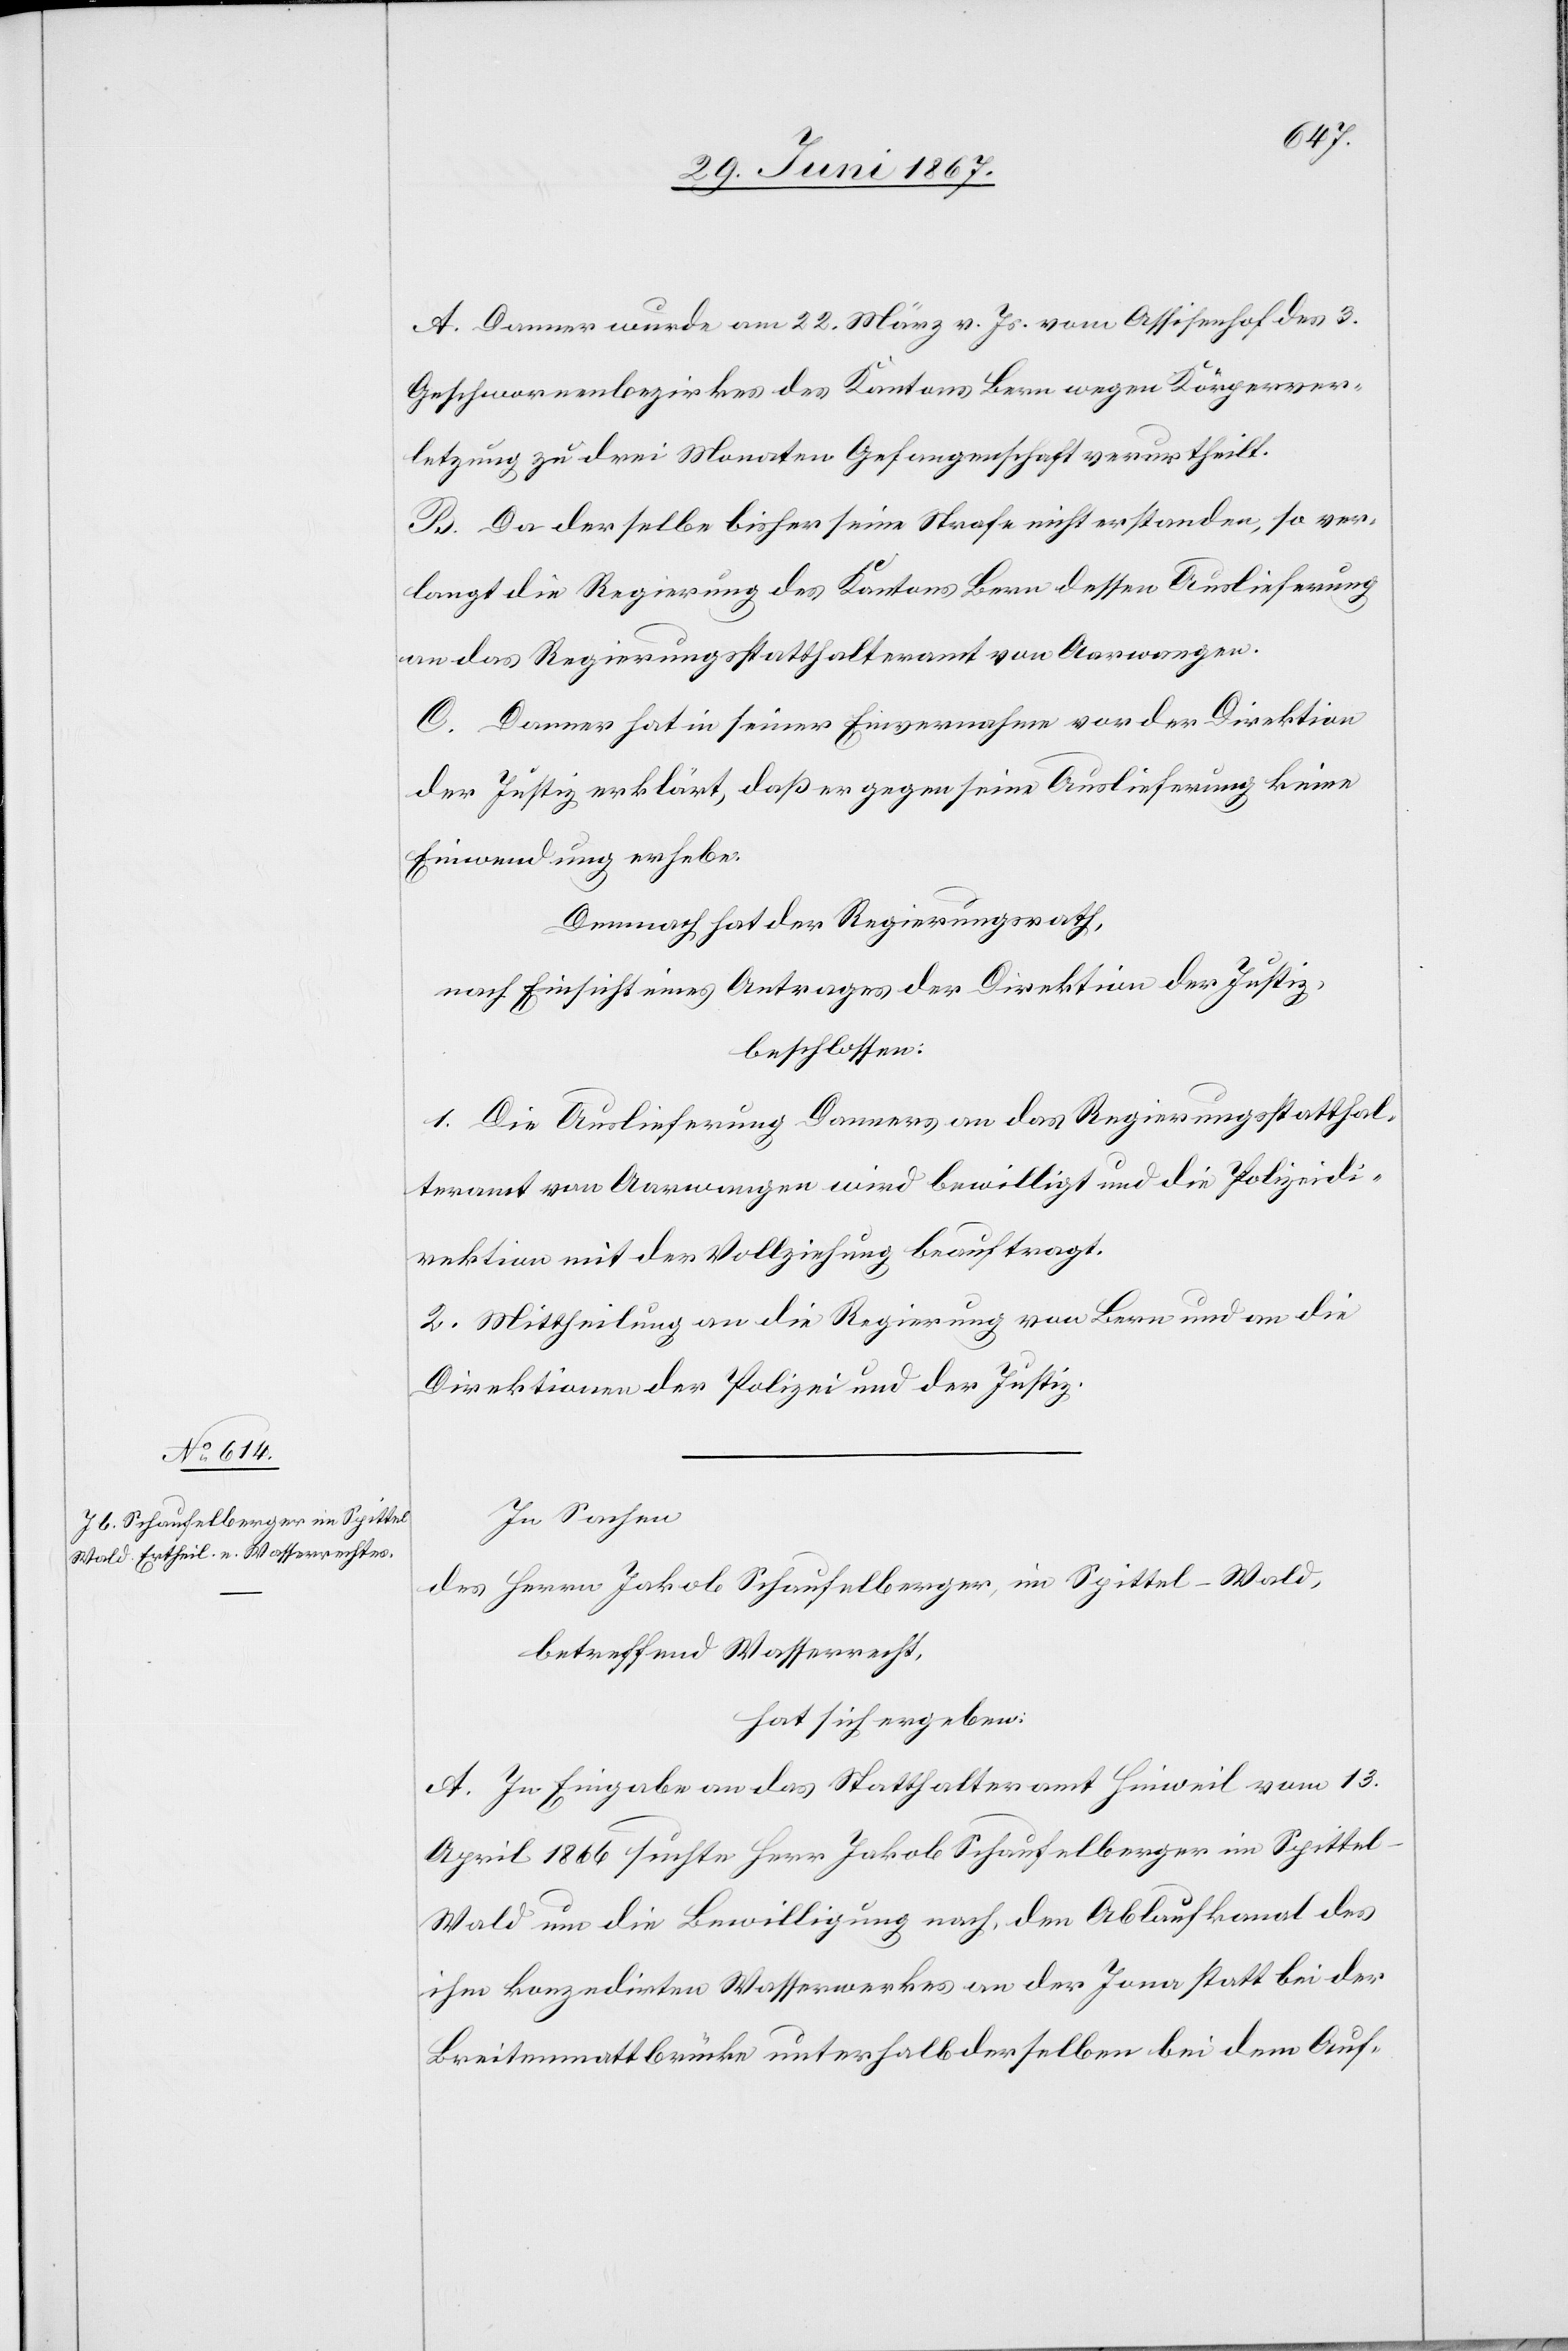
A. Donner wurde am 22. März v. Js. vom Assisenhof des 3.
Geschworenenbezirkes des Kantons Bern wegen Körperver¬
letzung zu drei Monaten Gefangenschaft verurtheilt.
B. Da derselbe bisher seine Strafe nicht erstanden, so ver¬
langt die Regierung des Kantons Bern dessen Auslieferung
an das Regierungsstatthalteramt von Aarwangen.
C. Donner hat in seiner Einvernahme vor der Direktion
der Justiz erklärt, daß er gegen seine Auslieferung keine
Einwendung erhebe.
Demnach hat der Regierungsrath,
nach Einsicht eines Antrages der Direktion der Justiz,
beschlossen:
1. Die Auslieferung Donners an das Regierungsstatthal¬
teramt von Aarwangen wird bewilligt und die Polizeidi¬
rektion mit der Vollziehung beauftragt.
2. Mittheilung an die Regierung von Bern und an die
Direktionen der Polizei und der Justiz.
In Sachen
des Herrn Jakob Schaufelberger, im Spittel-Wald,
betreffend Wasserrecht,
hat sich ergeben:
A. In Eingabe an das Statthalteramt Hinweil vom 13.
April 1866 suchte Herr Jakob Schaufelberger im Spittel-W¬
ald um die Bewilligung nach, den Ablaufkanal des
ihm konzedirten Wasserwerkes an der Jona statt bei der
Breitenmattbrücke unterhalb derselben bei dem Auf-